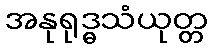
အနုရုဒ္ဓသံယုတ္တ